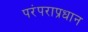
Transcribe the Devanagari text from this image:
परंपराप्रधान